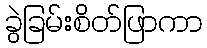
ခွဲခြမ်းစိတ်ဖြာကာ